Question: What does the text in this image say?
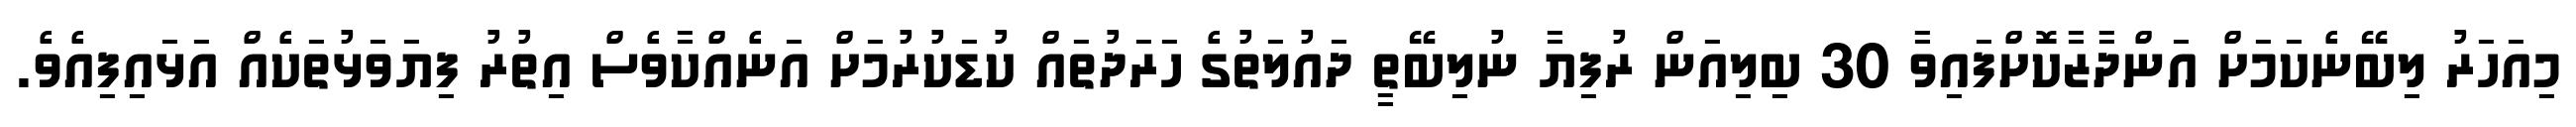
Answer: މިއަހަރު ލިބޭނެކަމަށް އަންދާޒާކޮށްފައިވާ 30 ބިލިއަން ރުފިޔާ ނުލިބޭތީ ދައުލަތުގެ ހަރަދުތައް ކުޑަކުރުމަށް އަނެއްކާވެސް އިތުރު ފިޔަވަޅުތަކެއް އަޅައިފިއެވެ.